Report on vaccination for the Province of Oudh 1871 -
Year: 1871
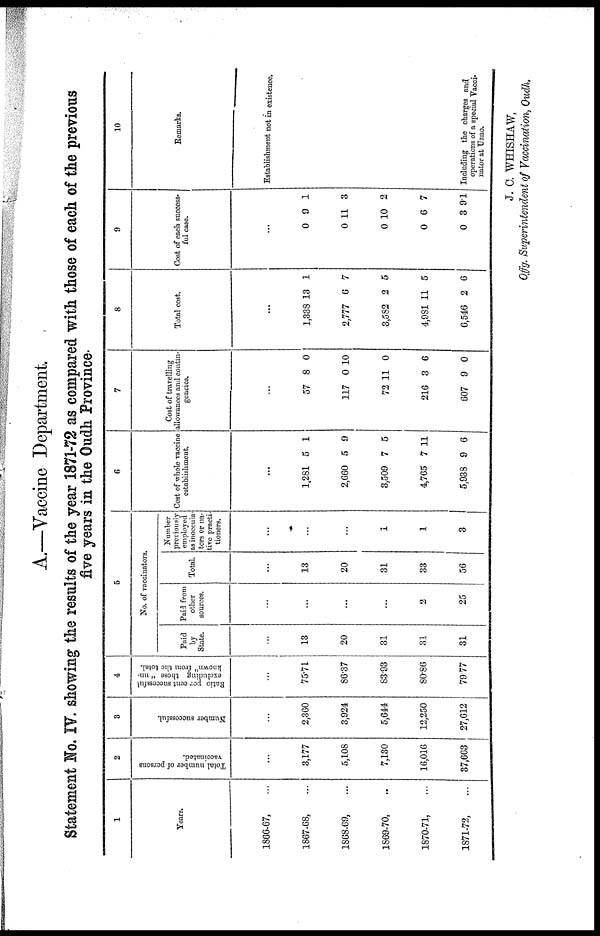
A.—Vaccine Department.
Statement No. IV. showing the results of the year 1871-72 as compared with those of each of the previous
five years in the Oudh Province.
1
Years.
1866-67, ...
1867-68, ...
1868-69, ...
1869-70, ...
1870-71, ...
1871-72,
2
Total number of persons
vaccinated.
...
3,177
5,108
7,130
16,016
37,663
3
Number successful.
...
2,360
3,924
5,644
12,250
27,612
4
Ratio per cent successful
excluding those " un-
known" from the total.
...
75.71
86.37
83.93
80.86
79.77
5
No. of vaccinators.
Paid
State.
...
13
20
31
31
31
Paid from
other
sources.
...
...
...
...
2
25
Total.
...
13
20
31
33
56
Number
previously
employed
as inoccula¬
tors or na-
tive practi-
tioners.
...
...
...
1
1
3
6
Cost of whole vaccine
establishment.
...
1,281
2,660
3,509
4,765
5,938
5
5
7
7
9
1
9
5
11
6
7
Cost of travelling
allowances and contin-
gencies.
...
57
117
72
216
607
8
0
11
3
9
0
10
0
6
0
8
Total cost.
...
1,338
2,777
3,582
4,981
6,546
13
6
2
11
2
1
7
5
5
6
9
Cost of each success-
ful case.
...
0
0
0
0
0
9
11
10
6
3
1
3
2
7
9.1
10
Remarks.
Establishment not in existence.
Including the charges and
operations of a special Vacci¬
nator at Unao.
J. C. WHISHAW,
Offg. Superintendent of Vaccination, Oudh.